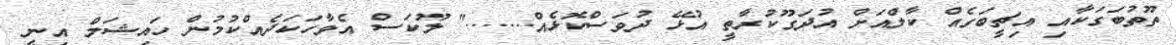
ތޫތުބަގަކާއި އިޗީބަގެއް ކާލްއަށް އުދަގޫކުރާތީ އުޅޭ ދުވަސްކޮޅެއް......." ލޫކަސް އެވާހަކަދެއްކުމުން ހައިޝަމް އިނީ